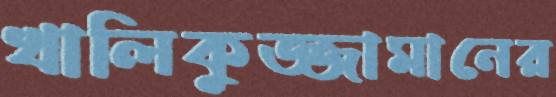
খালিকুজ্জামানের